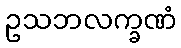
ဥသဘလက္ခဏံ